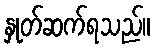
နှုတ်ဆက်ရသည်။